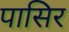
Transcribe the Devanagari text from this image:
पासिर